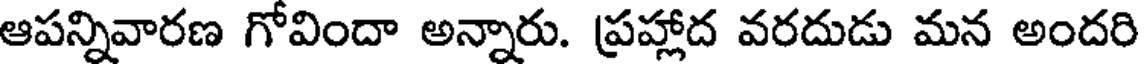
ఆపన్నివారణ గోవిందా అన్నారు. ప్రహ్లాద వరదుడు మన అందరి